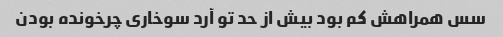
سس همراهش کم بود بیش از حد تو آرد سوخاری چرخونده بودن